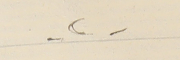
-٢-